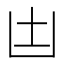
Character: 凷